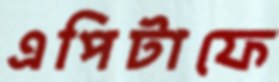
এপিটাফে